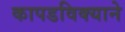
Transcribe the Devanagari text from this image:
कापडविक्याने